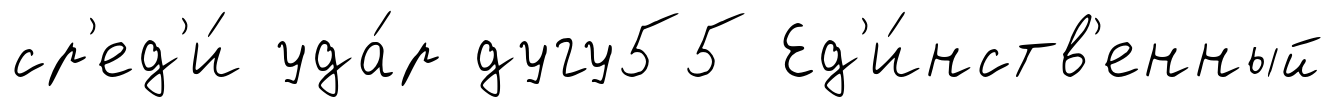
ср'ед'и́ уда́р дугу55 Ед'и́нств'енный